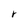
Character: r